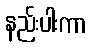
နည်းပါးကာ